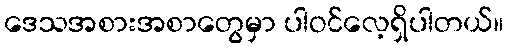
ဒေသအစားအစာတွေမှာ ပါဝင်လေ့ရှိပါတယ်။